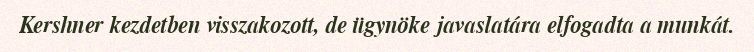
Kershner kezdetben visszakozott, de ügynöke javaslatára elfogadta a munkát.